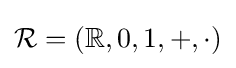
{\mathcal {R}}=(\mathbb {R} ,0,1,+,\cdot )